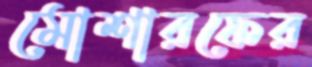
মোশারফের